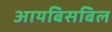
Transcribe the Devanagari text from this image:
आयबिसबिल